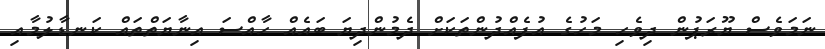
ނަމަވެސް ޔޫރަޕުން ދިވެހި މަހުގެ އުފެއްދުންތަކަށް ދެމުންދިޔަ ބައެއް ހާއްސަ އިނާޔަތްތައް ކަނޑާލުމާއި